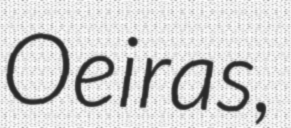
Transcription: Oeiras,